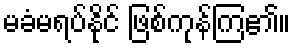
မခံမရပ်နိုင် ဖြစ်ကုန်ကြ၏။